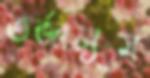
তর্জালুম